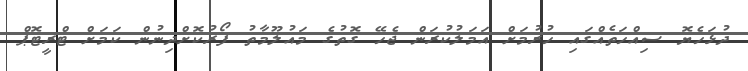
ދުޅަހެޔޮ ސިއްހަތެއްގައި ހުރުމަށް އަމަލުކުރަން ޖެހޭ ގޮތުގެ މައުލޫމާތު ފޯރުކޮށްދިނުން ކަމަށް ޓްރީޓޮޕް